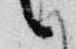
言